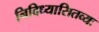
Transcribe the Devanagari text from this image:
निदिध्यासितव्यः